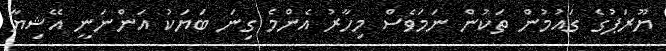
ޔޫރަޕުގެ ގައުމުން ތަކުން ނަމަވެސް މިހާރު އެންމެ ގިނަ ބަޔަކު އަންނަނީ އޭޝިޔާ